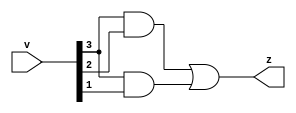
`timescale 1ns / 1ps
//////////////////////////////////////////////////////////////////////////////////
// Company: 
// Engineer: 
// 
// Design Name: 
// Module Name: comparator
// Project Name: 
// Target Devices: 
// Tool Versions: 
// Description: 
// 
// Dependencies: 
// 
// Revision:
// Revision 0.01 - File Created
// Additional Comments:
// 
//////////////////////////////////////////////////////////////////////////////////


module comparator(v,z);

input [3:0]v;
output z;


assign z = (v[3]&v[2]) | (v[3]&v[1]);



endmodule